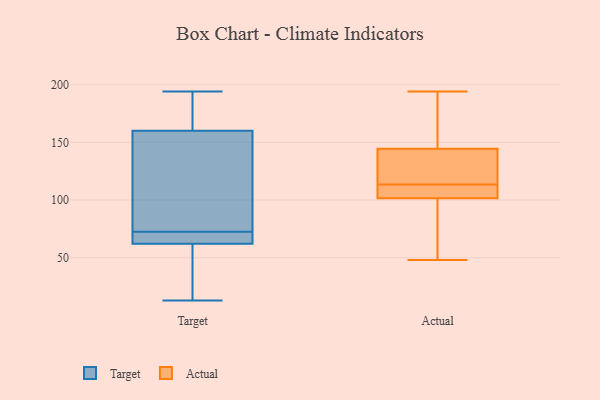
{"axis": {"x": "Customer Acquisition Cost (USD)", "y": "Value"}, "legend": ["Actual", "Target"], "data": [{"x": "", "y": 160, "type": "Target"}, {"x": "", "y": 73, "type": "Target"}, {"x": "", "y": 79, "type": "Target"}, {"x": "", "y": 181, "type": "Target"}, {"x": "", "y": 13, "type": "Target"}, {"x": "", "y": 62, "type": "Target"}, {"x": "", "y": 194, "type": "Target"}, {"x": "", "y": 72, "type": "Target"}, {"x": "", "y": 26, "type": "Target"}, {"x": "", "y": 65, "type": "Target"}, {"x": "", "y": 96, "type": "Actual"}, {"x": "", "y": 194, "type": "Actual"}, {"x": "", "y": 107, "type": "Actual"}, {"x": "", "y": 48, "type": "Actual"}, {"x": "", "y": 107, "type": "Actual"}, {"x": "", "y": 113, "type": "Actual"}, {"x": "", "y": 189, "type": "Actual"}, {"x": "", "y": 114, "type": "Actual"}, {"x": "", "y": 143, "type": "Actual"}, {"x": "", "y": 136, "type": "Actual"}, {"x": "", "y": 146, "type": "Actual"}, {"x": "", "y": 86, "type": "Actual"}]}